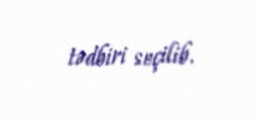
tədbiri seçilib.